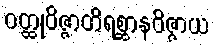
ဝတ္ထုဝိဇ္ဇာတိရစ္ဆာနဝိဇ္ဇာယ